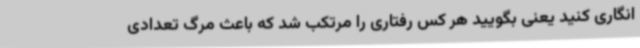
انگاری کنید یعنی بگویید هر کس رفتاری را مرتکب شد که باعث مرگ تعدادی